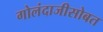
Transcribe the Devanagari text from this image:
गोलंदाजीसोबत